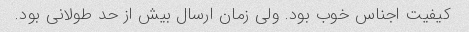
کیفیت اجناس خوب بود. ولی زمان ارسال بیش از حد طولانی بود.